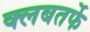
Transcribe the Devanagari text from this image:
क्लबतर्फे